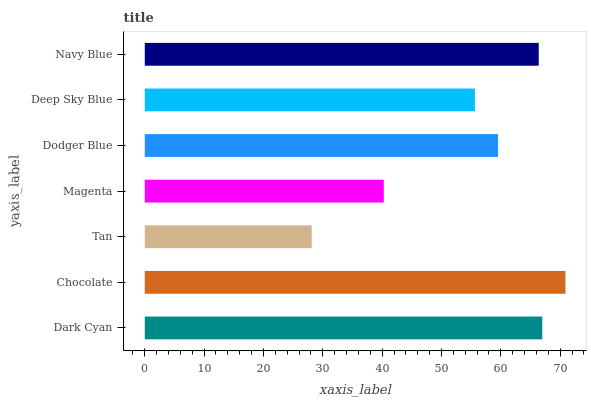
| yaxis_label | bars |
 | --- | --- |
 | Dark Cyan | 67 |
 | Chocolate | 70.9 |
 | Tan | 28.1 |
 | Magenta | 40.3 |
 | Dodger Blue | 59.5 |
 | Deep Sky Blue | 55.6 |
 | Navy Blue | 66.4 |